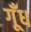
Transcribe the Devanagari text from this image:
गूँध